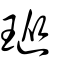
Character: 瑽